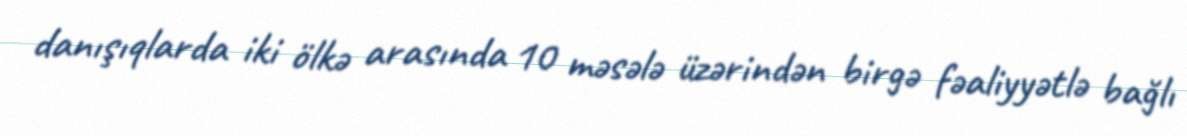
danışıqlarda iki ölkə arasında 10 məsələ üzərindən birgə fəaliyyətlə bağlı